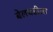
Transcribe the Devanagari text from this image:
बेलधडीला